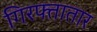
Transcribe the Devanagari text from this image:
गिरफ्तातार